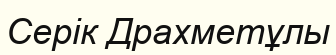
Серік Драхметұлы